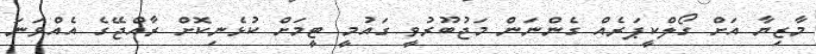
މާޒިޔާ އަށް ގޯލްކީޕަރެއް ގެންނަން މަޖުބޫރުވީ ގައުމީ ޓީމަށް ކުޅެނިކޮށް ރާއްޖޭގެ އެއްވަނަ